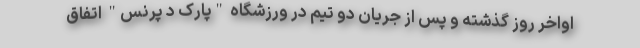
اواخر روز گذشته و پس از جریان دو تیم در ورزشگاه "پارک د پرنس" اتفاق